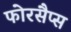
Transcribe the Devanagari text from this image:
फोरसैप्स